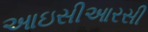
આઇસીઆરસી